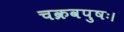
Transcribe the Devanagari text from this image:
चक्रवपुषः।